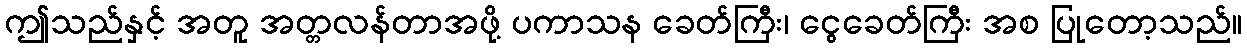
ဤသည်နှင့် အတူ အတ္တလန်တာအဖို့ ပကာသန ခေတ်ကြီး၊ ငွေခေတ်ကြီး အစ ပြုတော့သည်။